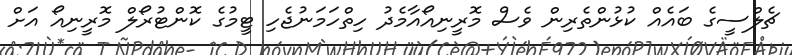
ޗެލްސީގެ ބައެއް ކުޅުންތެރިން ވެސް މޮރީނިއޯއާމެދު ހިތްހަމަނުޖެހި ޓީމުގެ ކޮންޓުރޯލް މޮރީނިއޯ އަށް